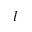
l